Eesti_Ajutise_Maavalitsuse_haridusosakond, lk 17
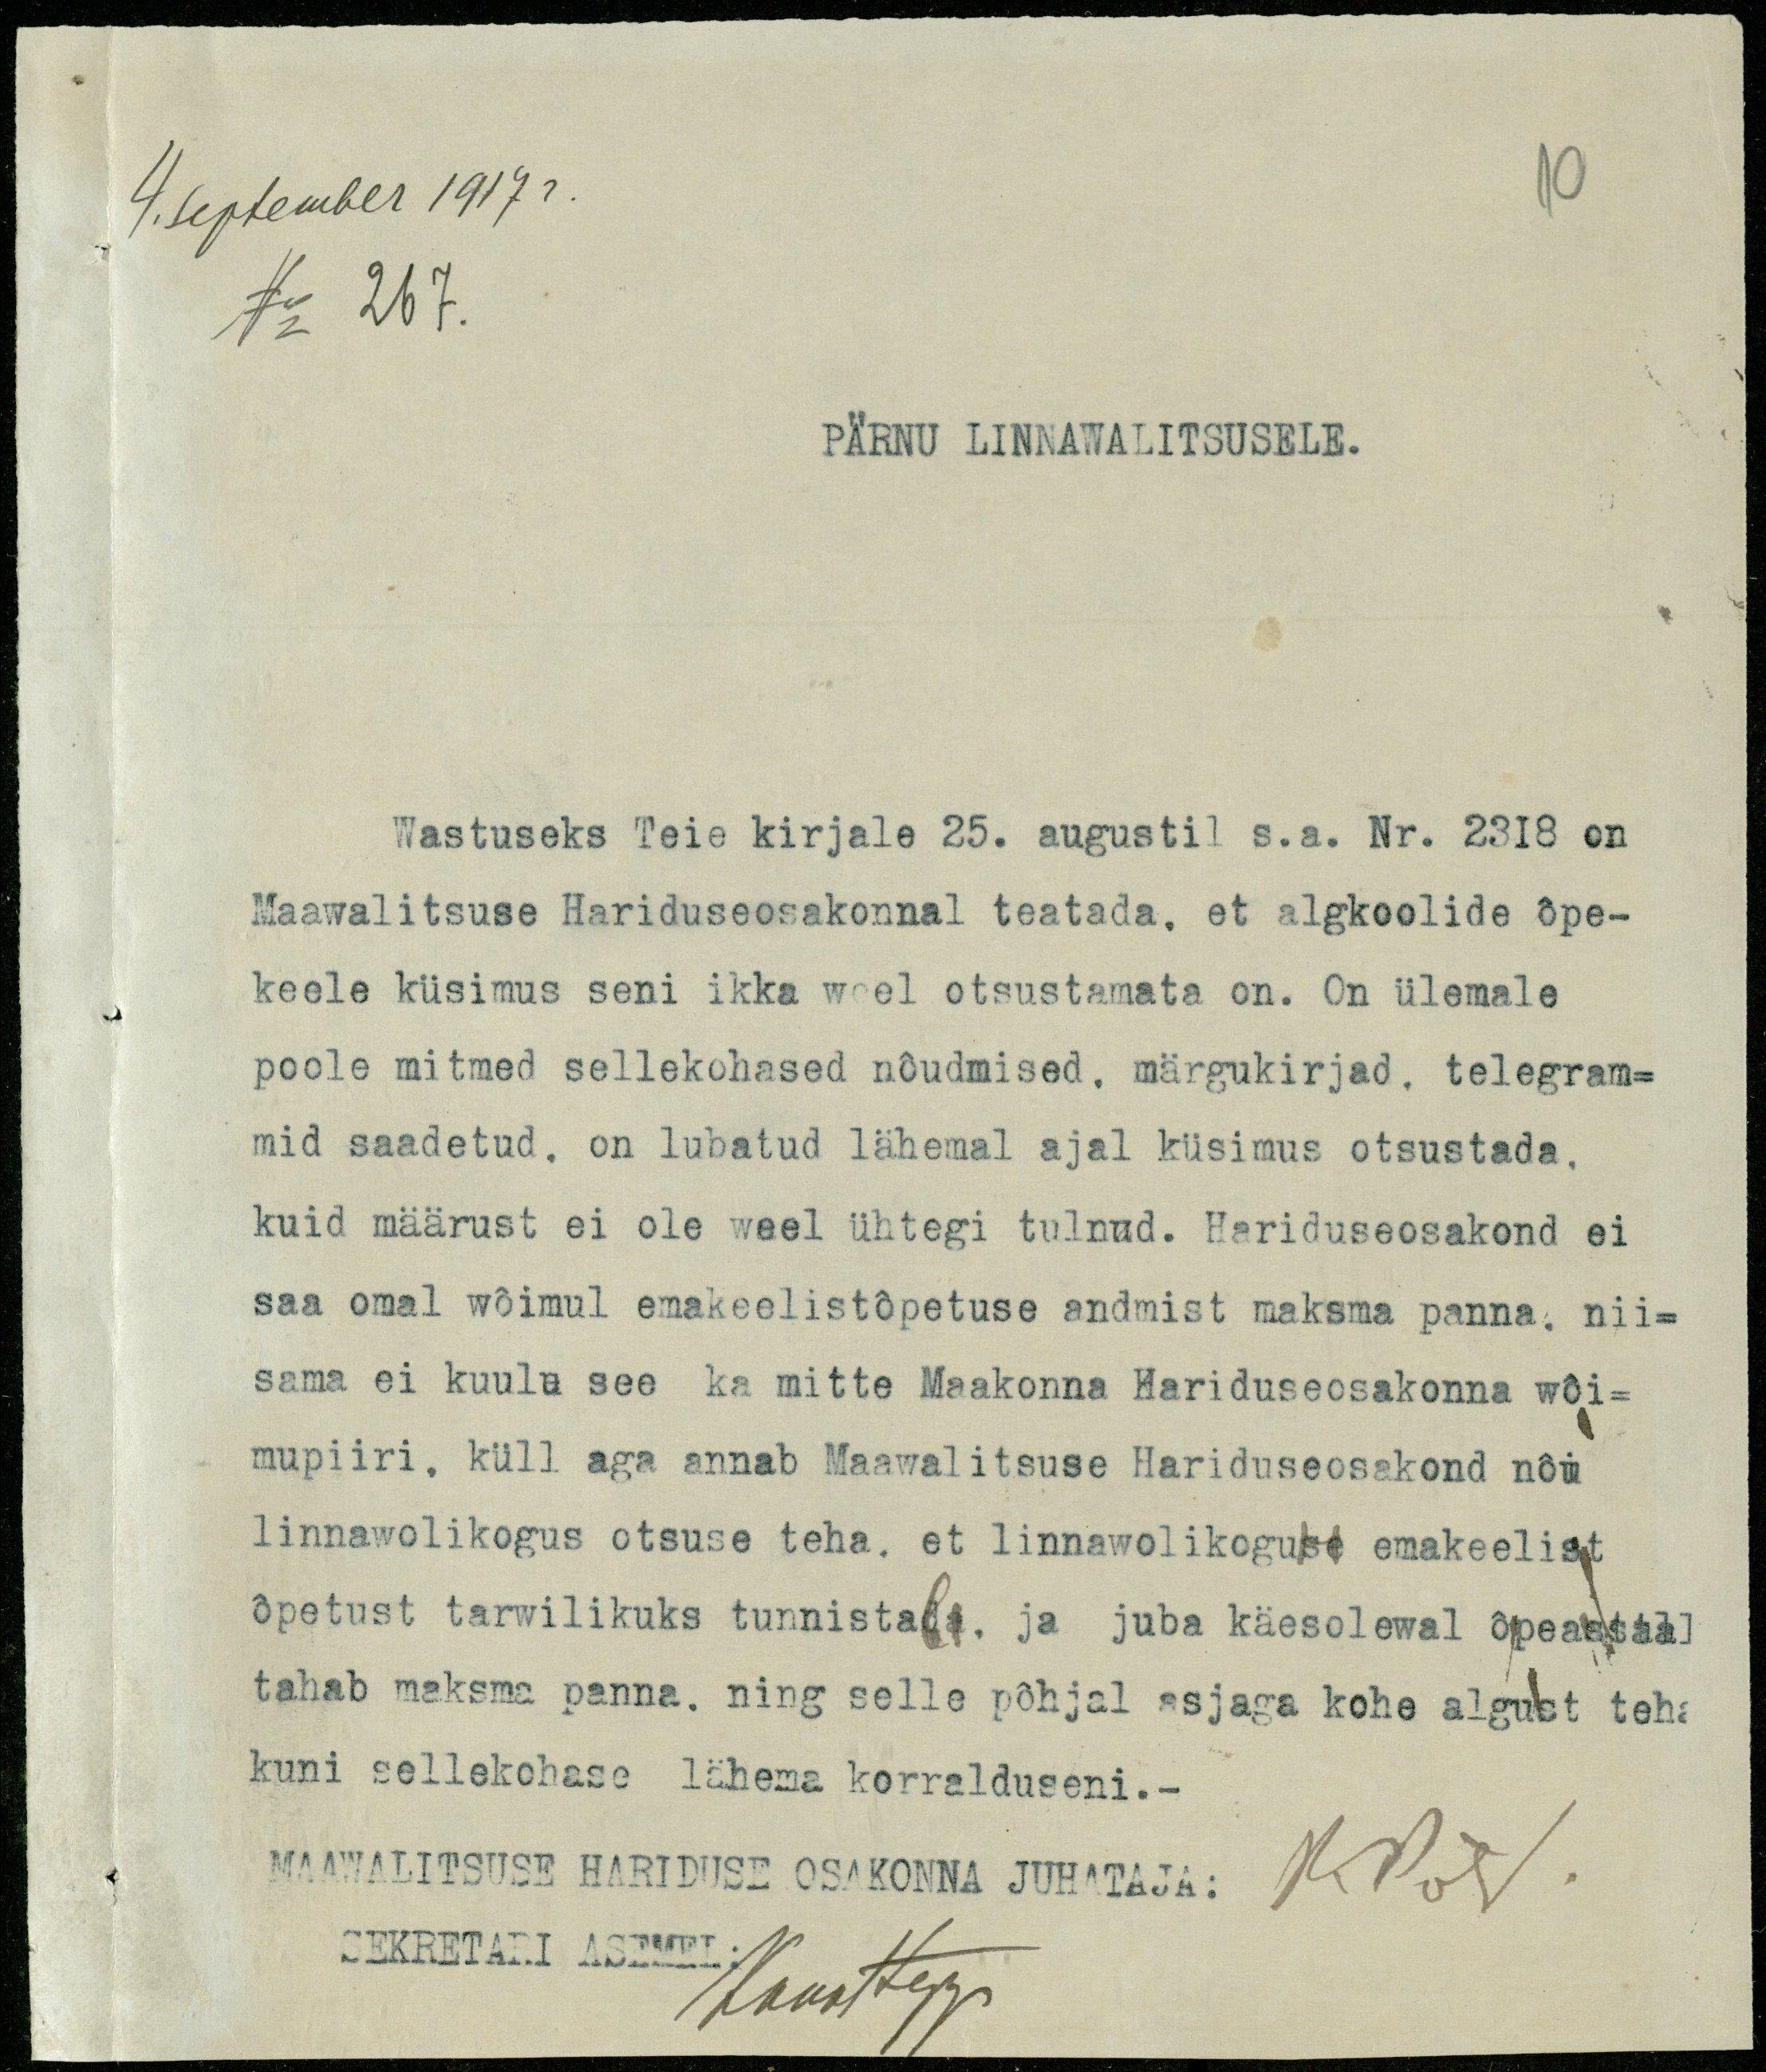
4. September 1917 r.
No 267.

10

PÄRNU LINNAWALITSUSELE.

Wastuseks Teie kirjale 25. augustil s.a. Nr. 2318 on
Maawalitsuse Hariduseosakonnal teatada, et algkoolide õpe-
keele küsimus seni ikka weel otsustamata on. On ülemale
poole mitmed sellekohased nõudmised, märgukirjad, telegram-
mid saadetud, on lubatud lähemal ajal küsimus otsustada,
kuid määrust ei ole weel ühtegi tulnud. Hariduseosakond ei
saa omal wõimul emakeelistõpetuse andmist maksma panna, nii-
sama ei kuulu see ka mitte Maakonna Hariduseosakonna wõi-
mupiiri, küll aga annab Maawalitsuse Hariduseosakond nõu
linnawolikoguse otsuse teha, et linnawolikoguse emakeelist
õpetust tarwilikuks tunnistada ja juba käesolewal õpeaastal)
tahab maksma panna, ning selle põhjal asjaga kohe algust teha
kuni sellekohase lähema korralduseni.-
MAAWALTSUSE HARIDUSE OSAKONNA Juhataja:
KPost
SEKRETARI ASEMEL
Hoosttega